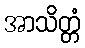
အာသိတ္တံ